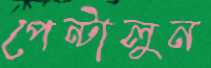
পেন্টালুন